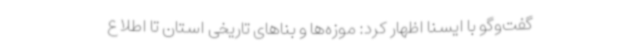
گفت‌وگو با ایسنا اظهار کرد: موزه‌ها و بناهای تاریخی استان تا اطلاع